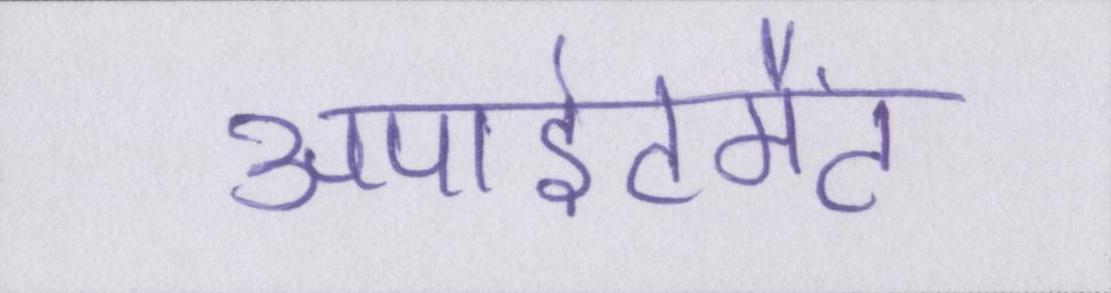
अपाइंटमैंट